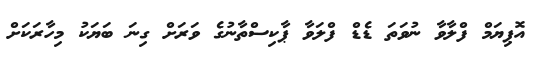
އޮޕިޔަމް ފްލާވާ ނުވަތަ ޑެޑް ފްލަވާ ޕާކިސްތާނުގެ ވަރަށް ގިނަ ބަޔަކު މިހާރަކަށް